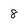
Character: 8